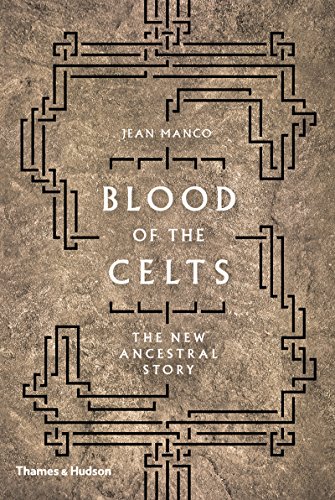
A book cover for Blood of the Celts: The New Ancestral Story; Jean Manco; Science & Math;